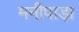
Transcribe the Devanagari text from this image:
मनीपाड़ा